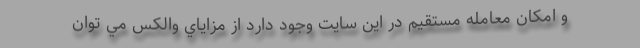
و امكان معامله مستقيم در اين سايت وجود دارد از مزاياي والكس مي توان